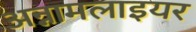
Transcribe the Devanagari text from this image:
अन्नामलाइयर